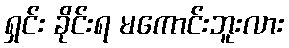
ရှင်း ခိုင်းရ မကောင်းဘူးလား